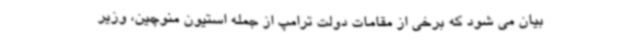
بیان می شود که برخی از مقامات دولت ترامپ از جمله استیون منوچین، وزیر